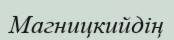
Магницкийдің